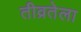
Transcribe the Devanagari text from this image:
तीव्रतेला